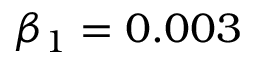
\beta _ { 1 } = 0 . 0 0 3